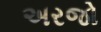
અરજો